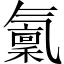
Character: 𣱭